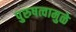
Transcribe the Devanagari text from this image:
पुरुषत्वामुळे